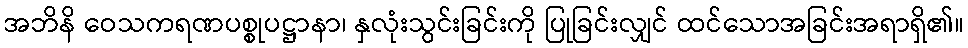
အဘိနိ ဝေသကရဏပစ္စုပဋ္ဌာနာ၊ နှလုံးသွင်းခြင်းကို ပြုခြင်းလျှင် ထင်သောအခြင်းအရာရှိ၏။